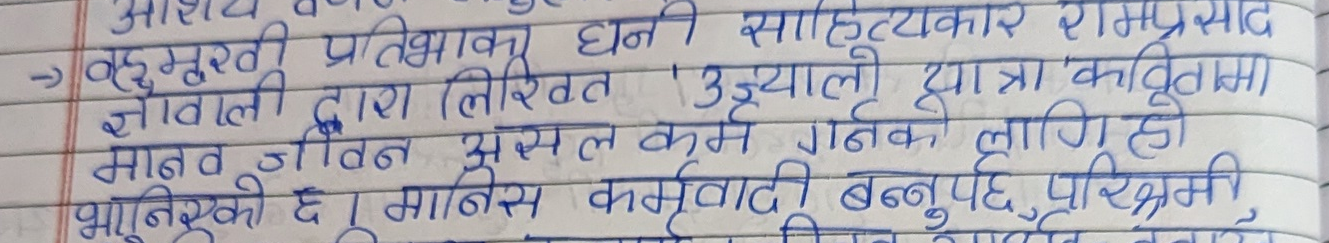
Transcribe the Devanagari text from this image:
बहुमुखी प्रतिभाधनी साहित्यकार रामप्रसाद
चौटाली द्वारा लिखित 'उज्यालो यात्रा' कवितामा
मानव जीवन असल कर्म गर्नको लागि हो
भनिएको छ। मानिस कर्मवादी बन्नुपर्छ, परिश्रमी